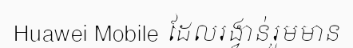
Huawei Mobile ដែលរង្វាន់រួមមាន